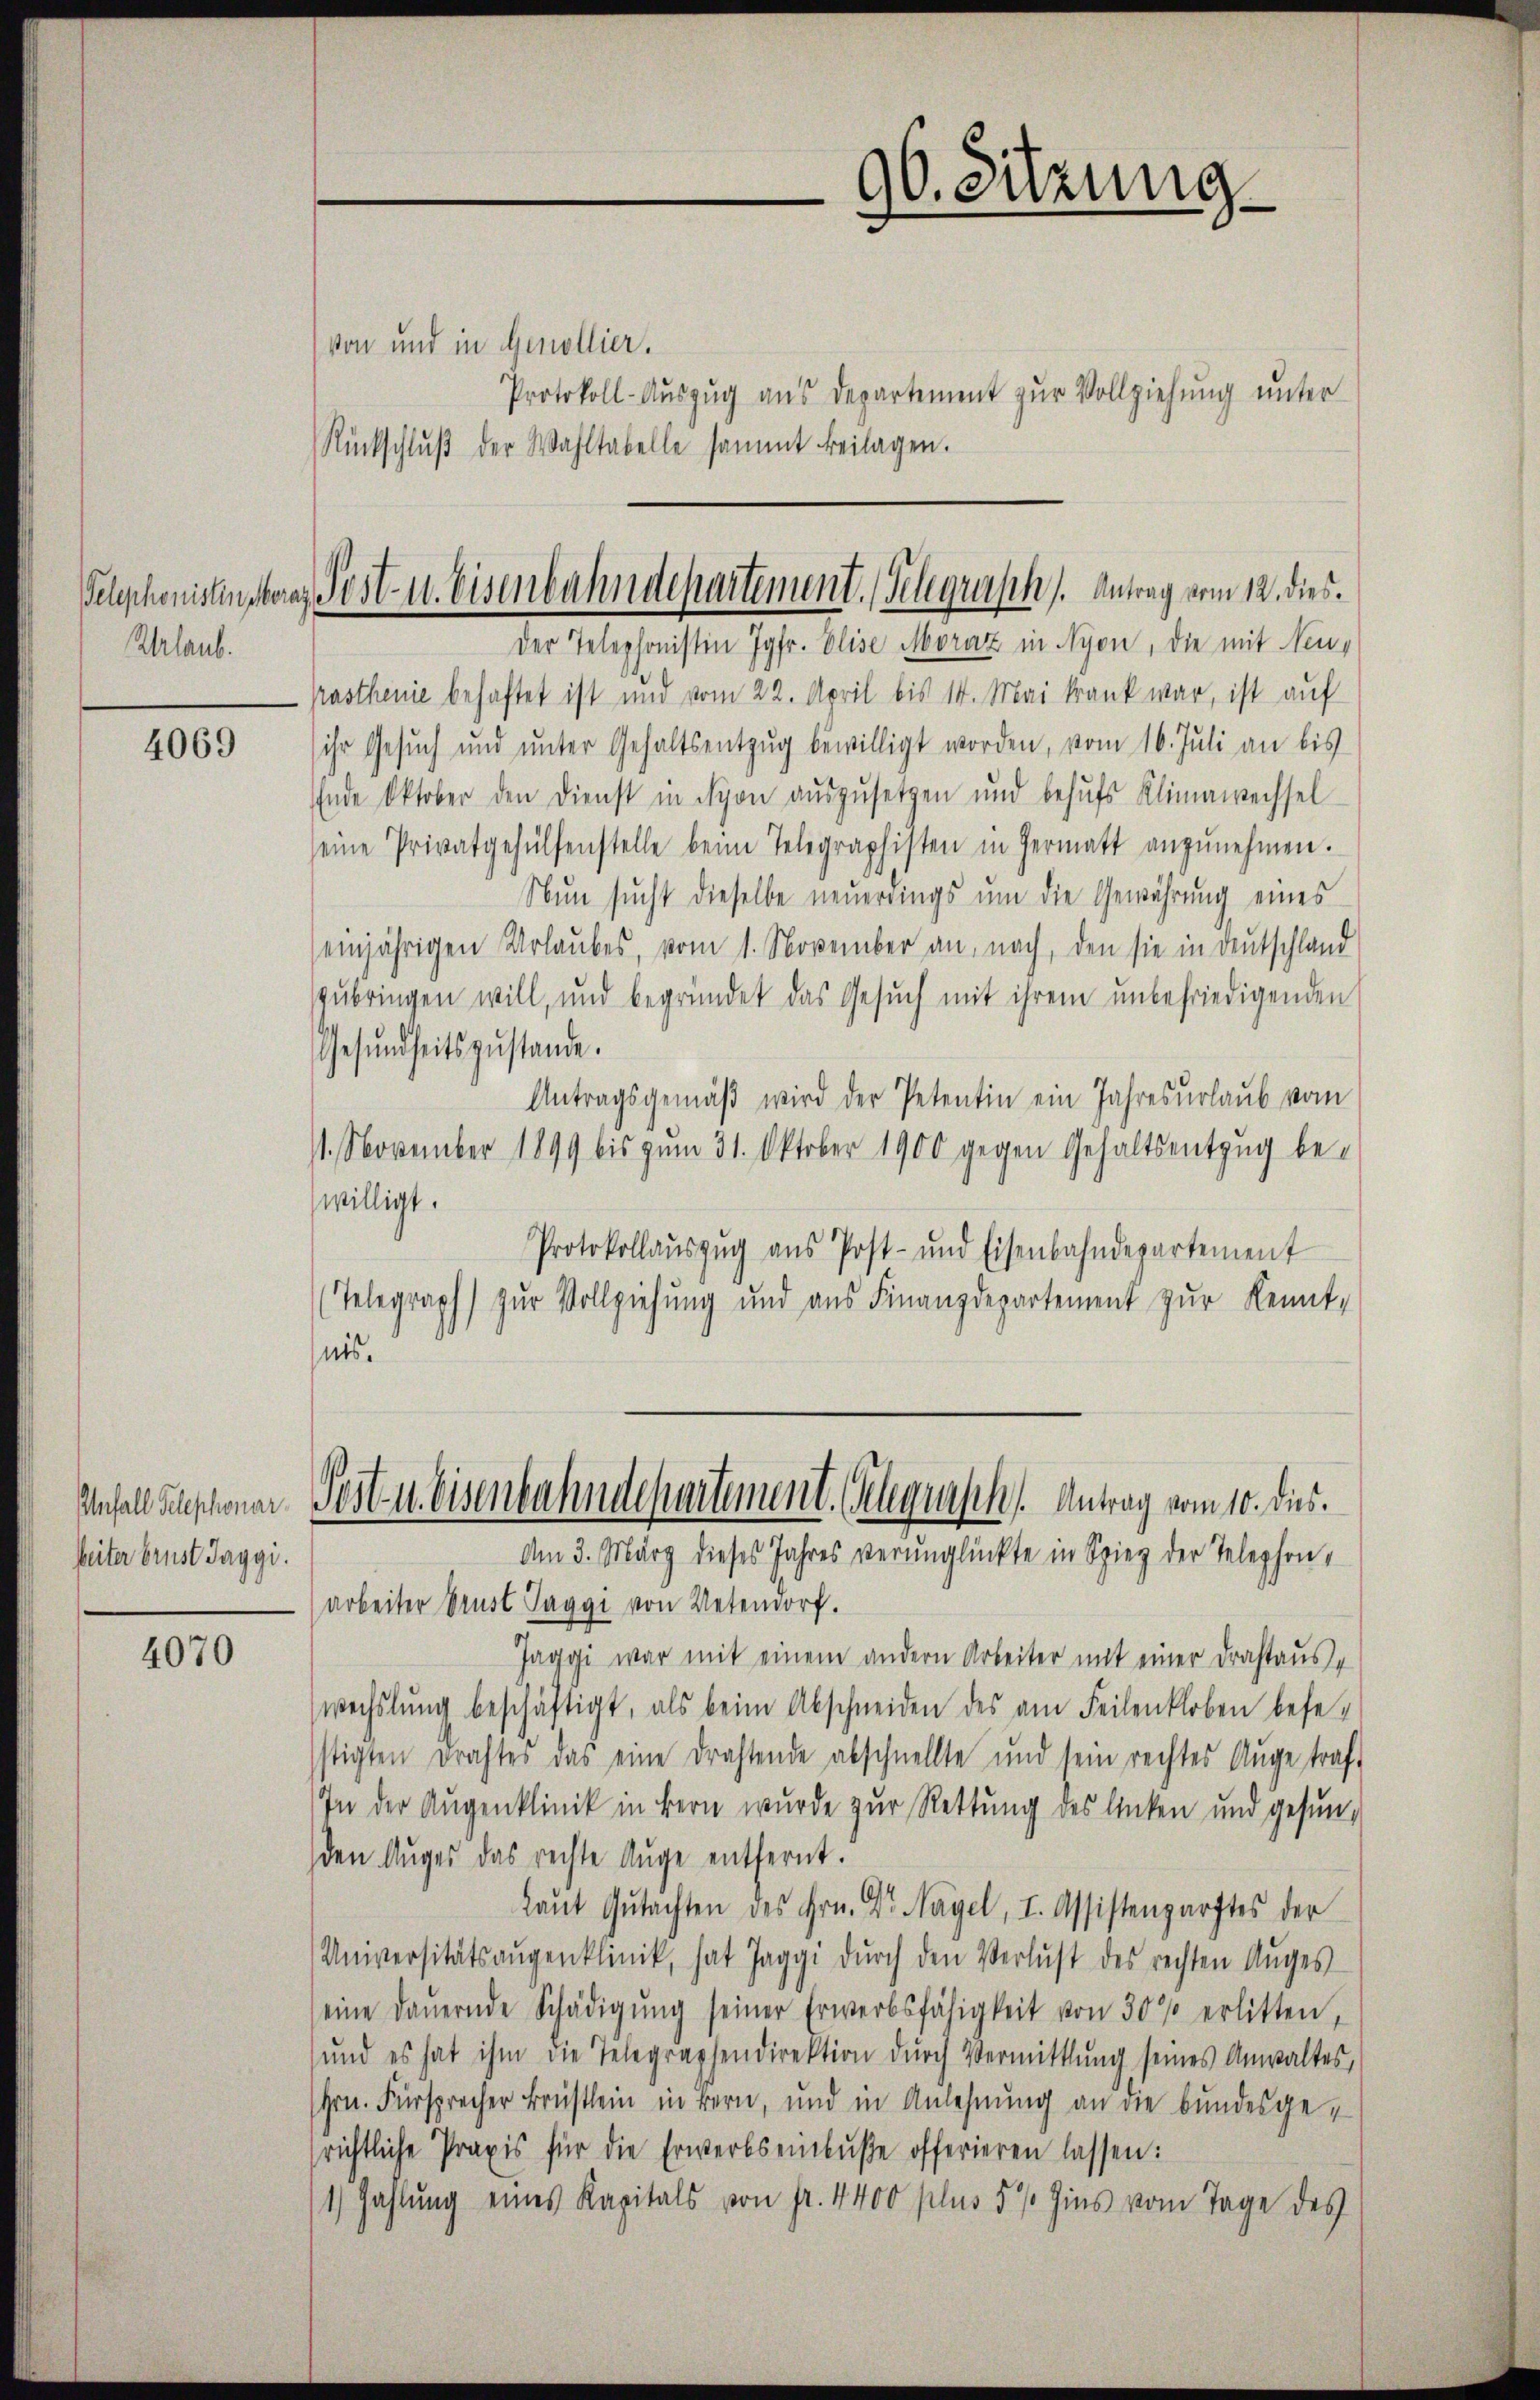
Telephonistinsteras
Rhrlaub.

4069

Unfall Telephonar
heiter brust Taggi.

4070

90. Sitzung

Pest- u. Eisenbahndepartement. Gelegrasch. Antrag vom 12. dies
Der Telephonisten Jgfr. Elise Moraz in Nyon, die mit Neu¬

von und in Genollier.
Protokoll-Aŭszŭg ans Departement zŭr Vollziehung unter
Rückschlŭβ der Wahltabelle sammt beilagen.

Prasthenie behaftet ist und vom 22. April bis 14. Mai krank war, ist auf
ihr Gesuch und unter Gehaltsentzug bewilligt worden, vom 16. Juli an bis
Ende Oktober den Dienst in Syon auszusetzen und behŭfs Klimawechsel
seine Privatgehülfenstelle beim Telegraphisten in Hermatt anzŭnehmen.
Nun sucht dieselbe neuerdings um die Gewährung eines
einjährigen Urlaubes, vom 1. November an, nach, den sie in deutschland
zubringen will, und begründet das Gesŭch mit ihrem unbefriedigenden
Gesŭndheitszustande.
Antragsgemäβ wird der Petentin ein Jahresurlaub vom
1. November 1899 bis zum 31. Oktober 1900 gegen Gehaltsentzug bewilligt.
Protokollaŭszŭg aŭs Post- und Eisenbahndepartement
(Telegraph) zur Vollziehung und aus Finanzdepartement zur Kennt-
nis.
Pest u. Eisenbahndepartement. Schguisch. Antrag vom 10. dies
Am 3. März dieses Jahres verunglückte in Spieg der Telephon-
arbeiter Brust Taggi von Meteorf.
Jaggi war mit einem andern Arbeiter mit einer drastaus
wechslung beschäftigt, als beim Abschneiden des am Feilenkloben bese-
stigten Drahtes das eine drahtende abschnellte und sein rechtes Auge traf-
In der Augenklinik in Bern wurde zur Rettung des linken und gesun-
den Auges das rechte Auge entfernt.
Laŭt Gutachten des Hrn. Dr. Nagel, I. Assistenzarztes der
Universitätsaŭgenklinik, hat Jaggi dŭrch den Verlust des rechten Aŭges
eine Daŭernde Schädigŭng seiner Erwerbsfähigkeit von 30% erlitten,
(und es hat ihm die Telegraphendirektion dŭrch Vermittlung seines Anwaltes,
Hrn. Fürsprecher Brüstlein in Bern, und in Anlehnung an die bundesgerichtliche Praxis für die Erwerbs einlŭβe offerieren lassen:
1) Zahlung eines Kapitals von fr. 4400 plus 5 % Zins vom Tage des